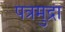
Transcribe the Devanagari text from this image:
पत्रमुद्रा